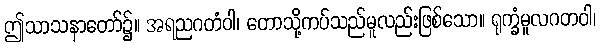
ဤသာသနာတော်၌။ အရညဂတံဝါ၊ တောသို့ကပ်သည်မူလည်းဖြစ်သော။ ရုက္ခံမူလဂတဝါ၊